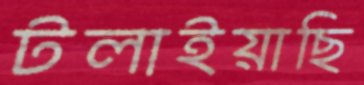
টলাইয়াছি